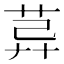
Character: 𦯸